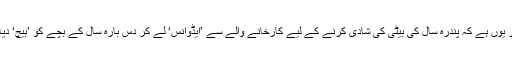
منظر یوں ہے کہ پندرہ سال کی بیٹی کی شادی کرنے کے لیے کارخانے والے سے ’ایڈوانس‘ لے کر دس بارہ سال کے بچے کو ’بیچ‘ دیا گیا۔